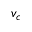
v _ { c }